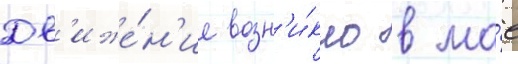
Дв'иже́н'ие возн'и́кло в ма́е